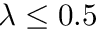
\lambda \leq 0 . 5